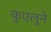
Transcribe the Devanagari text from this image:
कुएलूने